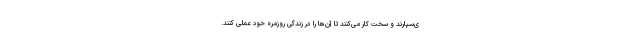
ی‌سپارند و سخت کار می‌کنند تا آن‌ها را در زندگی روزمرهٔ خود عملی کنند.